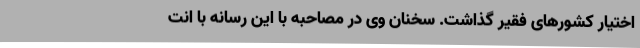
اختیار کشورهای فقیر گذاشت. سخنان وی در مصاحبه با این رسانه با انت